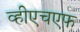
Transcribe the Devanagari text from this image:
व्हीएचएफ